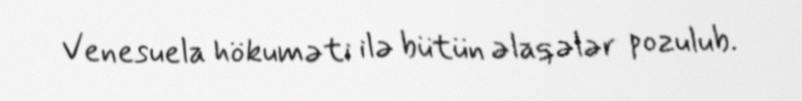
Venesuela hökuməti ilə bütün əlaqələr pozulub.